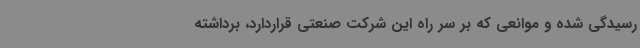
رسیدگی شده و موانعی که بر سر راه این شرکت صنعتی قراردارد، برداشته